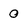
Character: 0